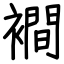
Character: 襇